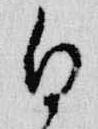
白